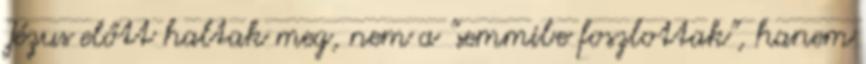
Jézus előtt haltak meg, nem a "semmibe foszlottak", hanem